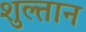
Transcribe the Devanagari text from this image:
शुल्तान